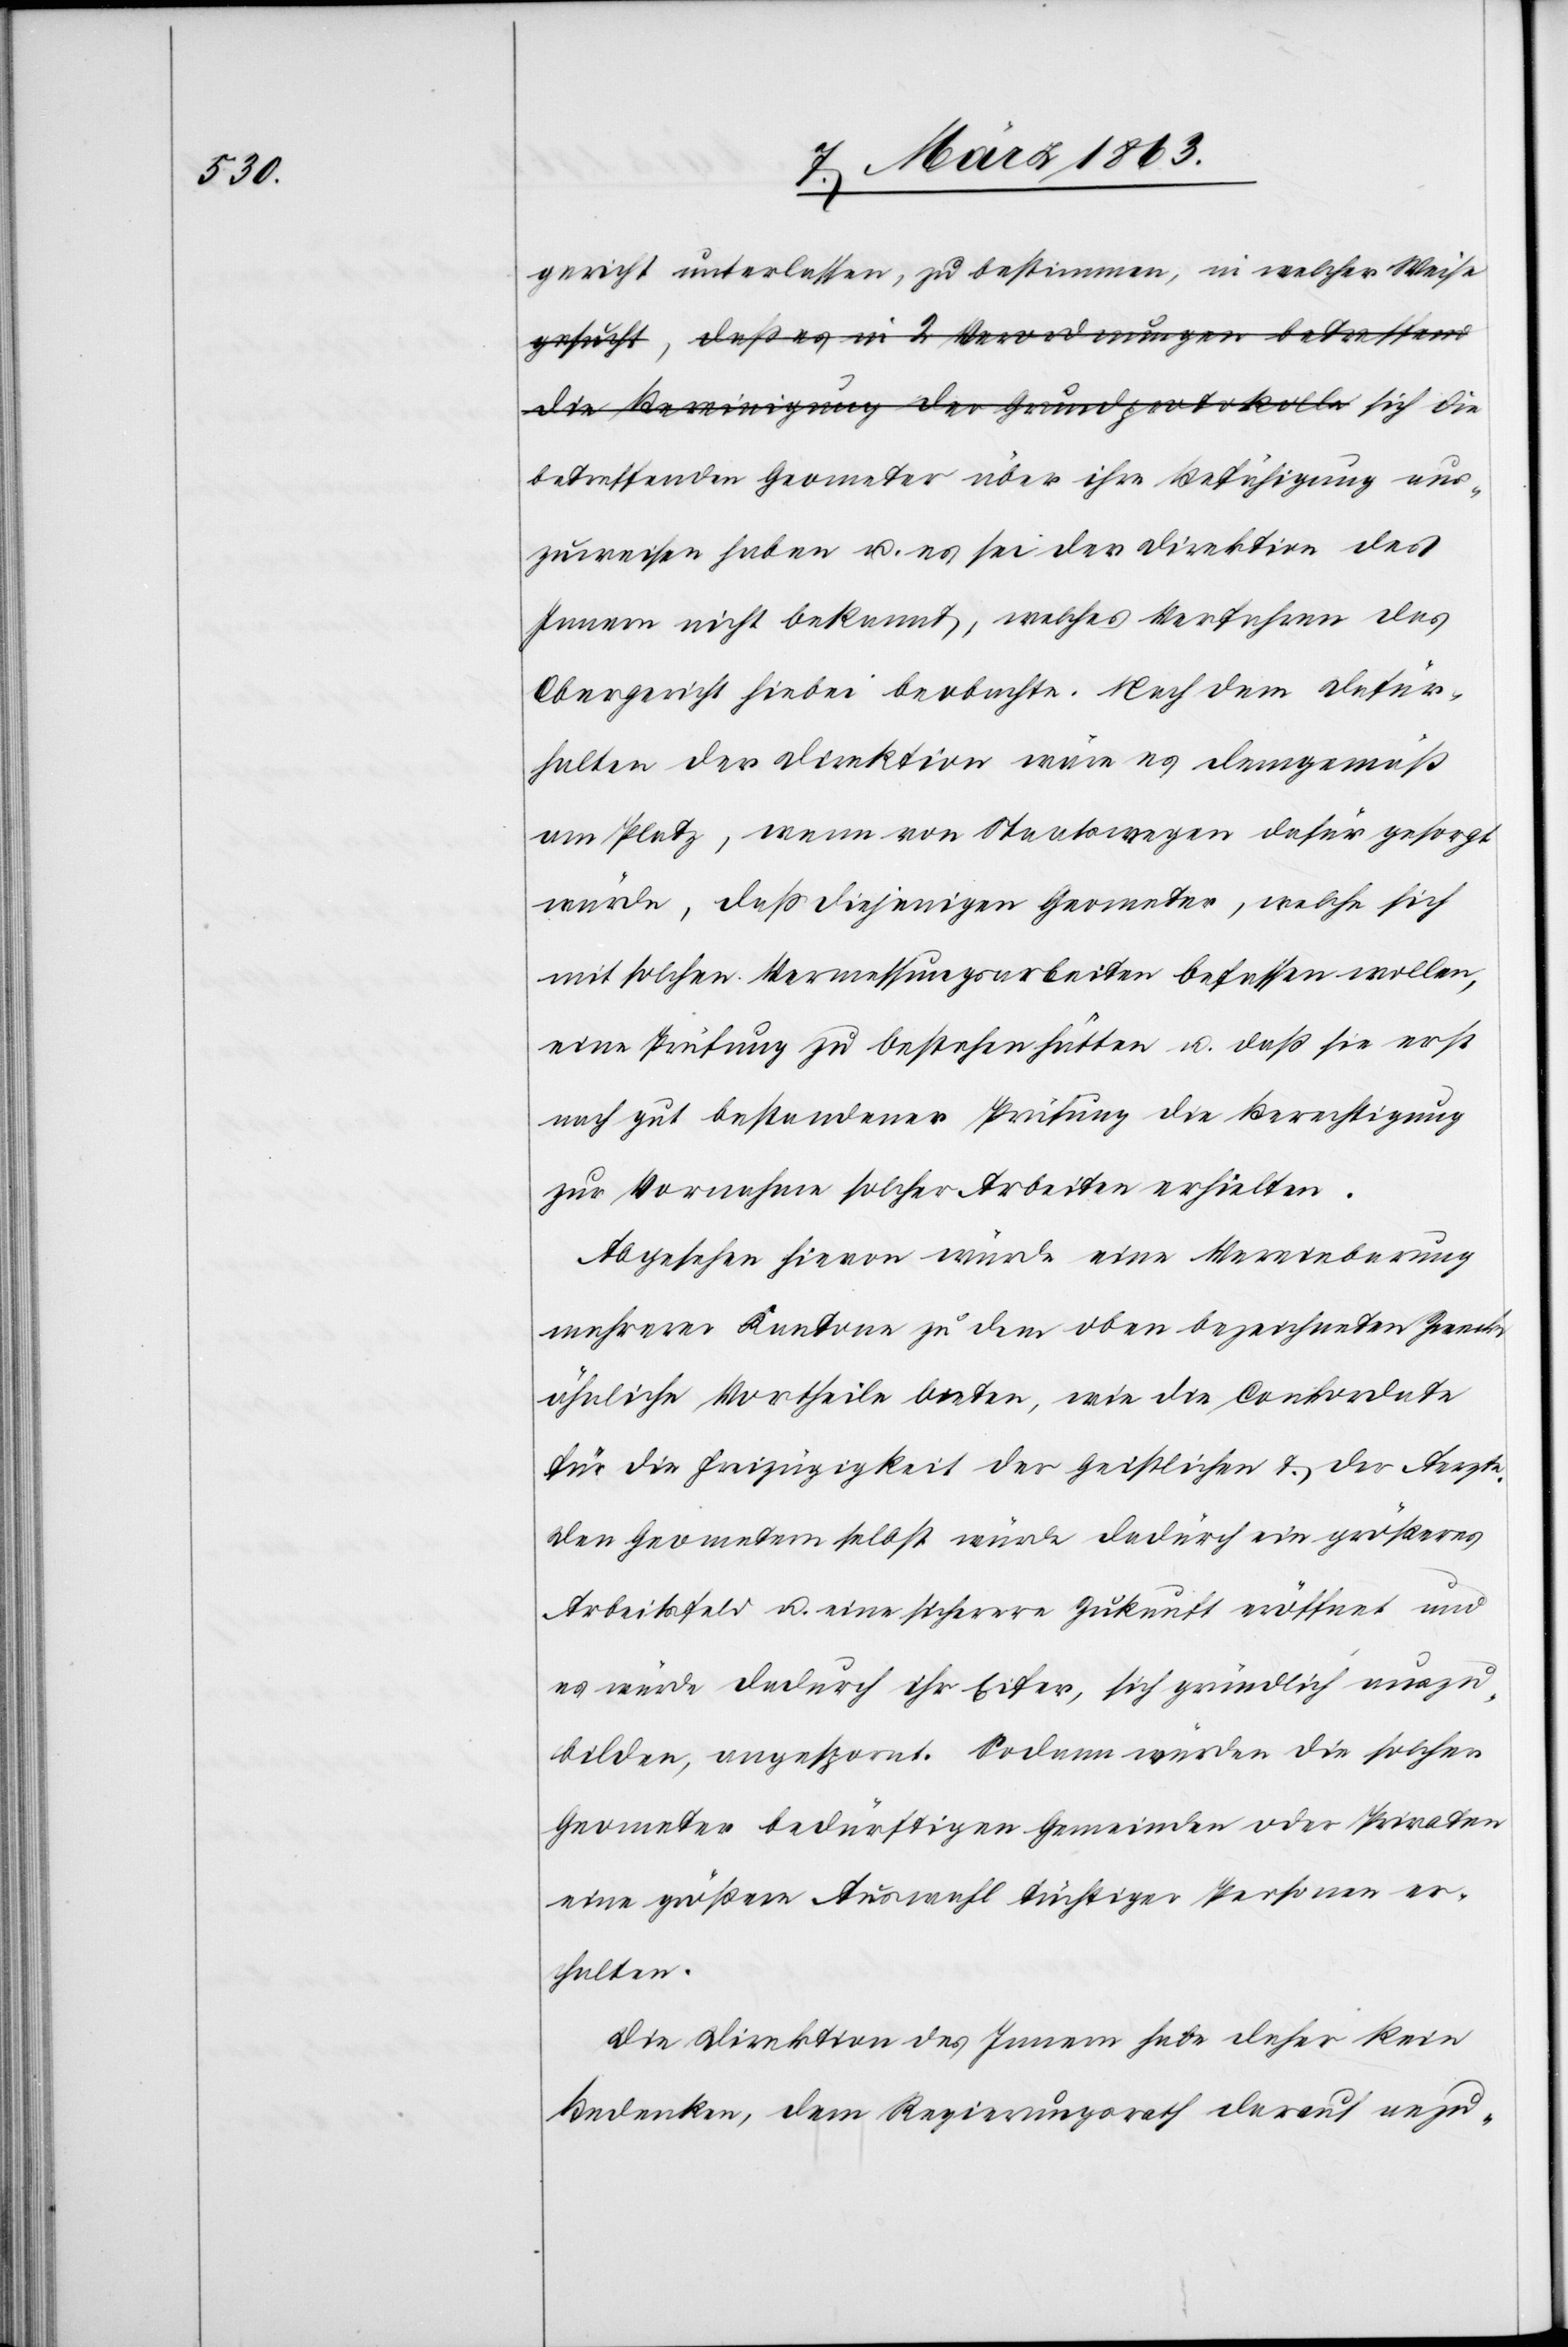
gericht unterlassen, zu bestimmen, in welcher Weise
betreffenden Geometer über ihre Befähigung aus¬
zuweisen haben u. es sei der Direktion des
Innern nicht bekannt, welches Verfahren das
Obergericht hiebei beobachte. Nach dem Dafür¬
halten der Direktion wäre es demgemäß
am Platz, wenn von Staatswegen dafür gesorgt
würde, daß diejenigen Geometer, welche sich
mit solchen Vermessungsarbeiten befassen wollen,
eine Prüfung zu bestehen hätten u. daß sie erst
nach gut bestandener Prüfung die Berechtigung
zur Vornahme solcher Arbeiten erhielten.
Abgesehen hievon würde eine Vereinbarung
mehrerer Kantone zu dem oben bezeichneten Zwecke
ähnliche Vortheile bieten, wie die Conkordate
für die Freizügigkeit der Geistlichen & der Aerzte.
Den Geometern selbst würde dadürch [sic!] ein größeres
Arbeitsfeld u. eine sicherere Zukunft eröffnet und
es würde dadurch ihr Eifer, sich gründlich auszu¬
bilden, angespornt. Sodann würden die solcher
Geometer bedürftigen Gemeinden oder Privaten
eine größere Auswahl tüchtiger Personen er¬
halten.
Die Direktion des Innern habe daher kein
Bedenken, dem Regierungsrath darauf anzu-